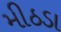
મીઠડા